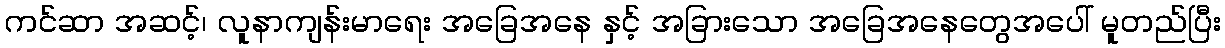
ကင်ဆာ အဆင့်၊ လူနာကျန်းမာရေး အခြေအနေ နှင့် အခြားသော အခြေအနေတွေအပေါ် မူတည်ပြီး